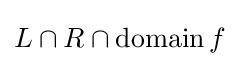
L\cap R\cap \operatorname {domain} f